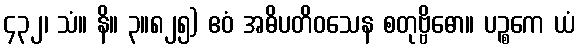
၄၃၂၊ သံ။ နိ။ ၃။၈၂၅) ဧဝံ အဓိပတိဝသေန စတုဗ္ဗိဓော။ ပဉ္စကေ ယံ